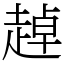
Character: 趠